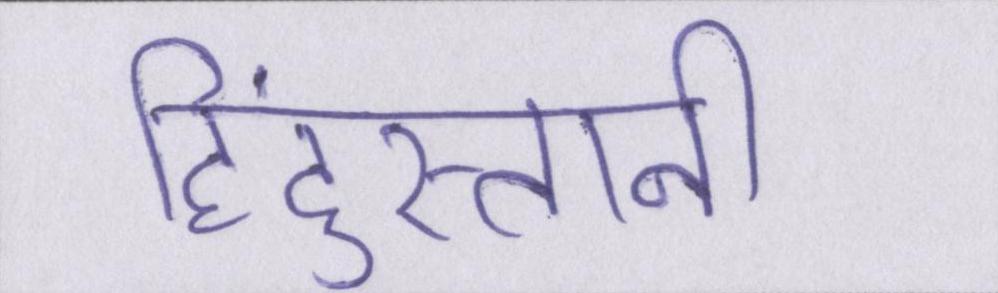
हिंदुस्तानी